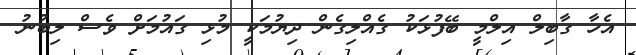
އެހާ ގާބިލް އިލްމީ ބޭފުޅަކު ގެއްލިގެން ދިޔުމަކީ މުޅި ގައުމަށް ވެސް ލިބުނު